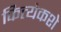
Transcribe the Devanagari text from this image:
कित्येकशे